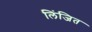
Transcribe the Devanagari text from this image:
लिंजित